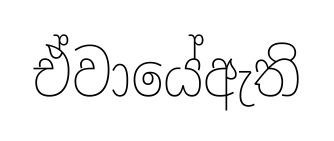
ඒවායේඇති